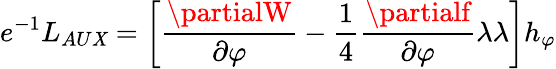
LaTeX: e^{-1}L_{AU\mathit{X}}=\left[\frac{{\partialW}}{{\partial\varphi}}-\frac{{1}}{{4}}\frac{{\partialf}}{{\partial\varphi}}\lambda\lambda\right]h_{\varphi}